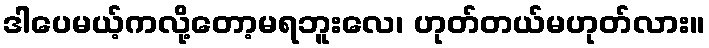
ဒါပေမယ့်ကလို့တော့မရဘူးလေ၊ ဟုတ်တယ်မဟုတ်လား။